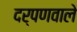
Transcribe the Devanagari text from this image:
दर्पणवाले